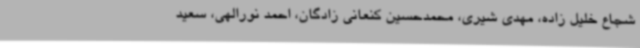
شجاع خلیل زاده، مهدی شیری، محمدحسین کنعانی زادگان، احمد نورالهی، سعید